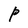
Character: P